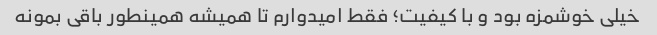
خیلی خوشمزه بود و با کیفیت؛ فقط امیدوارم تا همیشه همینطور باقی بمونه